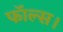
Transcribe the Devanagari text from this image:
फॉल्स।